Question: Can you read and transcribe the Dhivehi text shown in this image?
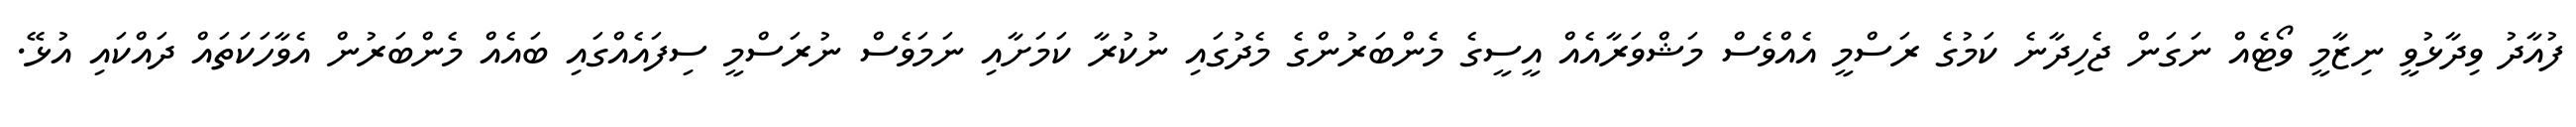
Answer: ފުއާދު ވިދާޅުވީ ނިޒާމީ ވޯޓެއް ނަގަން ޖެހިދާނެ ކަމުގެ ރަސްމީ އެއްވެސް މަޝްވަރާއެއް އީސީގެ މެންބަރުންގެ މެދުގައި ނުކުރާ ކަމަށާއި ނަމަވެސް ނުރަސްމީ ސިފައެއްގައި ބައެއް މެންބަރުން އެވާހަކަތައް ދައްކައި އުޅޭ.